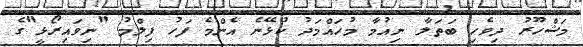
މަޝްހޫރު ދިވެހި ބަތަލާ ނިއުމާ މުހައްމަދު ކުޅޭނެ އެންމެ ފަހު ފިލްމު "ނިވައިރޯޅީ"ގެ